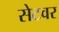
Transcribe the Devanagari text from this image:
सेटवर